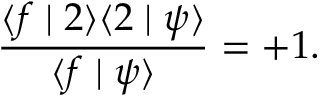
\frac { \langle f \mid 2 \rangle \langle 2 \mid \psi \rangle } { \langle f \mid \psi \rangle } = + 1 .